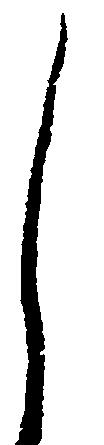
し